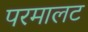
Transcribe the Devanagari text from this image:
परमालट